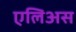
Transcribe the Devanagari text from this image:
एलिअस